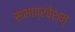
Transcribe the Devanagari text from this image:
सभाप्रवेशम्